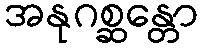
အနုဂစ္ဆန္တော